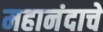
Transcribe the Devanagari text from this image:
महानंदाचे